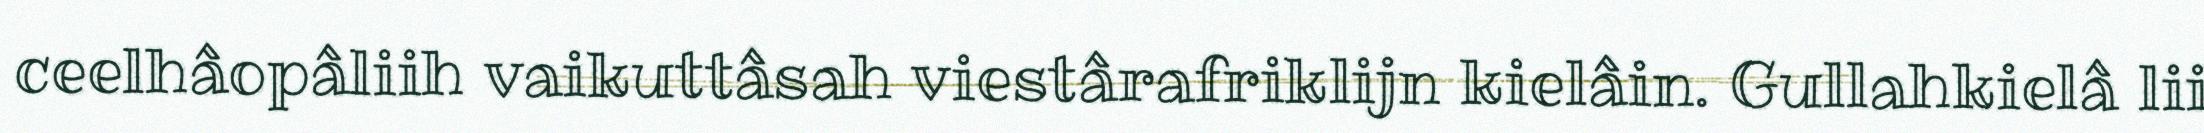
ceelhâopâliih vaikuttâsah viestârafriklijn kielâin. Gullahkielâ lii